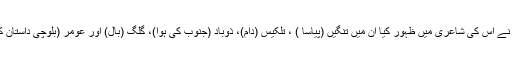
بلوچی کے جن الفاظ نے اس کی شاعری میں ظہور کیا ان میں تنگیں (پیاسا ) ، تلکیس (دام)، ذوباد (جنوب کی ہوا)، گلگ (بال) اور عومر (بلوچی داستان کا کردار) وغیرہ ہیں۔